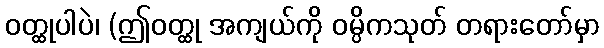
ဝတ္ထုပါပဲ၊ (ဤဝတ္ထု အကျယ်ကို ဝမ္ပိကသုတ် တရားတော်မှာ